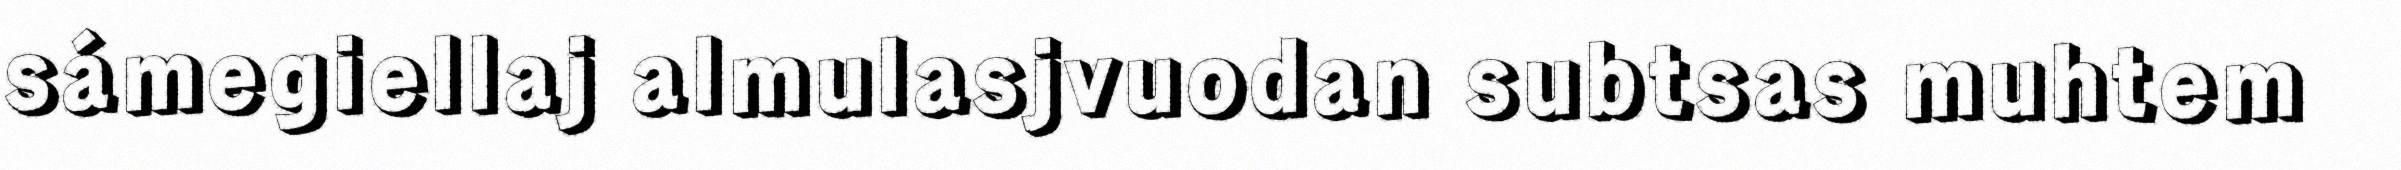
sámegiellaj almulasjvuodan subtsas muhtem